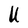
Character: U